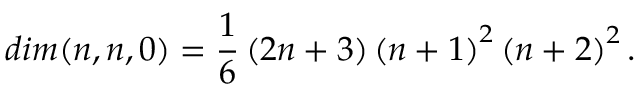
d i m ( n , n , 0 ) = \frac { 1 } { 6 } \left( 2 n + 3 \right) \left( n + 1 \right) ^ { 2 } \left( n + 2 \right) ^ { 2 } .